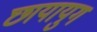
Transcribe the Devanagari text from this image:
छायायुग